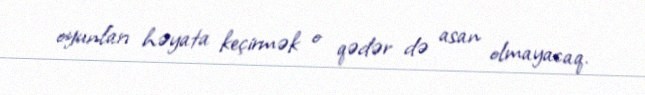
oyunları həyata keçirmək o qədər də asan olmayacaq.